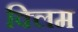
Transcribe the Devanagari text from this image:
क्लिम